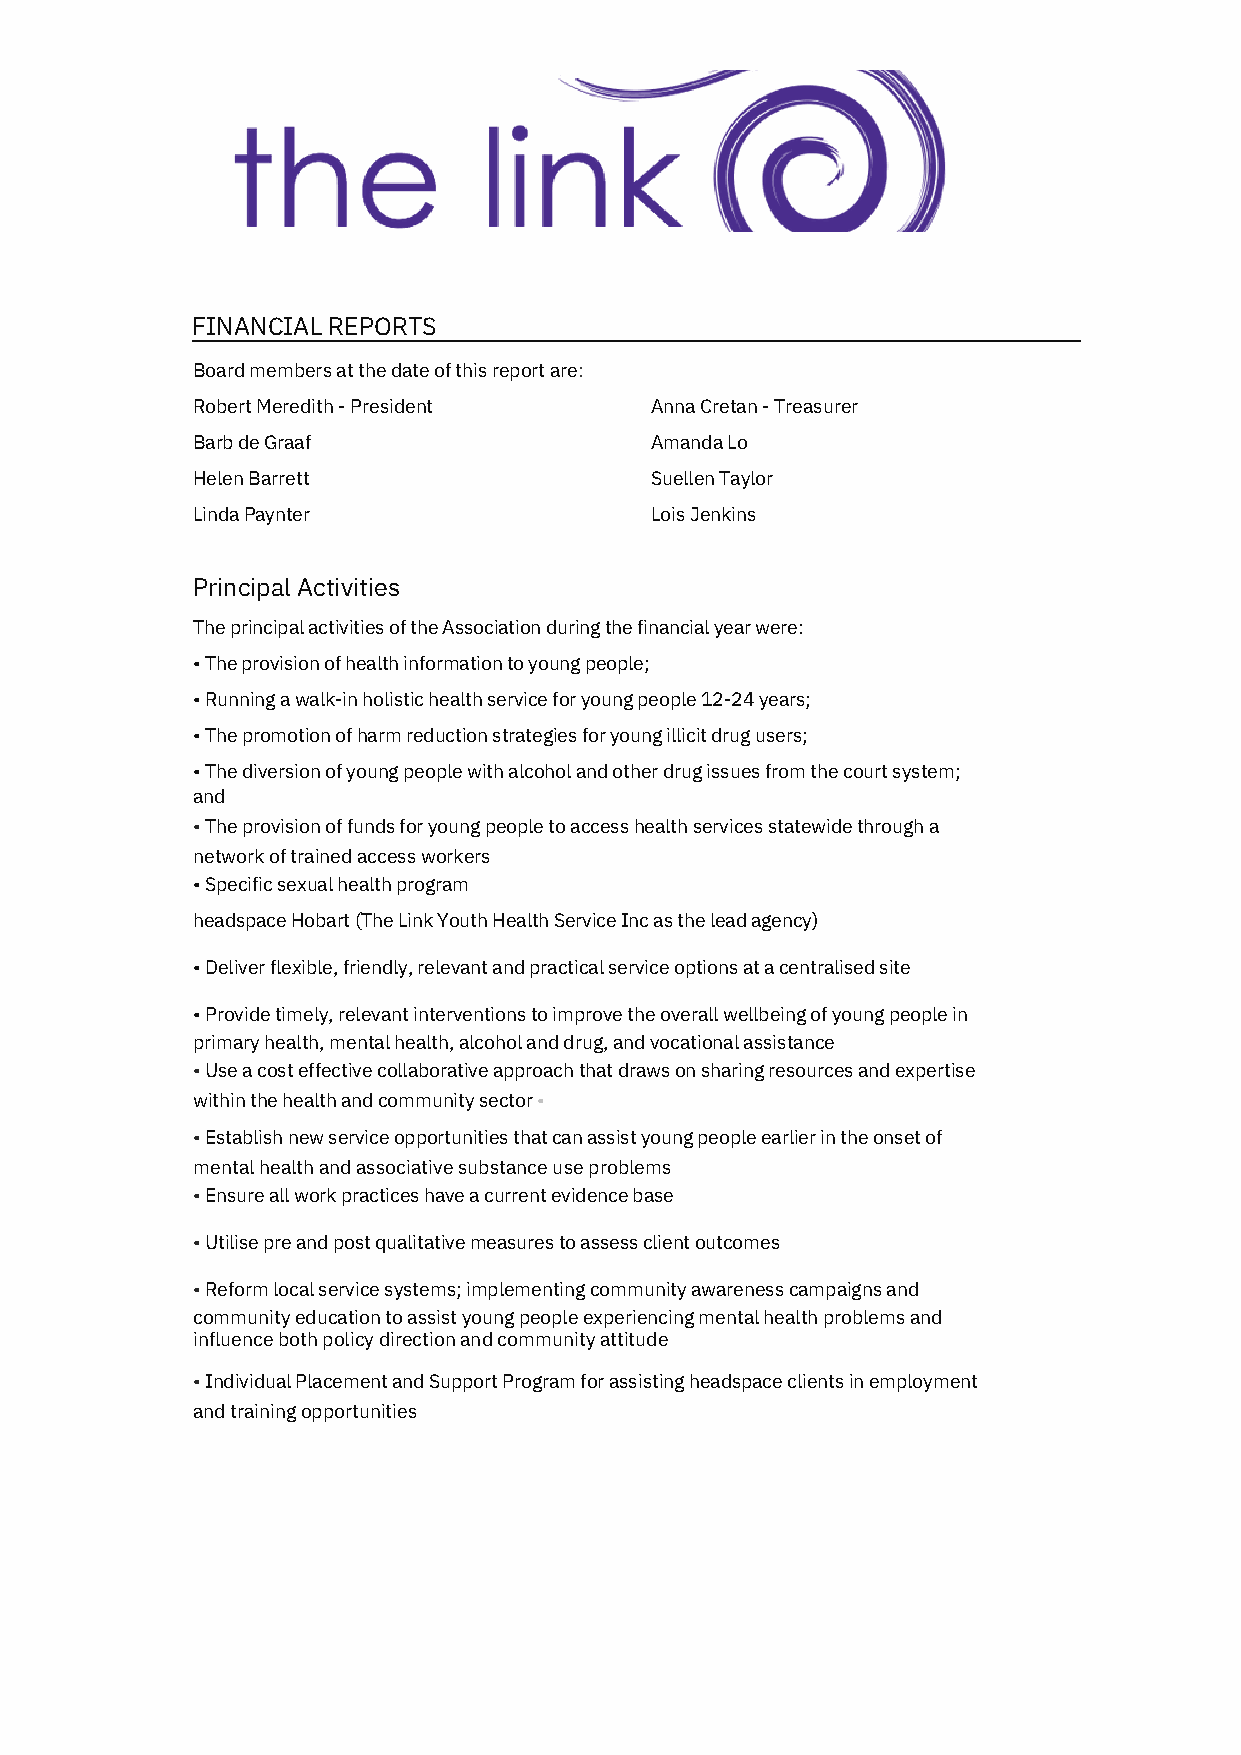
FINANCIAL REPORTS
 Board members at the date of this report are:
 Robert Meredith - President   Anna Cretan - Treasurer
 Barb de Graaf                 Amanda Lo
 Helen Barrett                 Suellen Taylor
 Linda Paynter                 Lois Jenkins
 Principal Activities
 The principal activities of the Association during the financial year were:
 • The provision of health information to young people;
 • Running a walk-in holistic health service for young people 12-24 years;
 • The promotion of harm reduction strategies for young illicit drug users;
 • The diversion of young people with alcohol and other drug issues from the court system;
 and
 • The provision of funds for young people to access health services statewide through a
 network of trained access workers
 • Specific sexual health program
 headspace Hobart (The Link Youth Health Service Inc as the lead agency)
 • Deliver flexible, friendly, relevant and practical service options at a centralised site
 • Provide timely, relevant interventions to improve the overall wellbeing of young people in
 primary health, mental health, alcohol and drug, and vocational assistance
 • Use a cost effective collaborative approach that draws on sharing resources and expertise
 within the health and community sector •
 • Establish new service opportunities that can assist young people earlier in the onset of
 mental health and associative substance use problems
 • Ensure all work practices have a current evidence base
 • Utilise pre and post qualitative measures to assess client outcomes
 • Reform local service systems; implementing community awareness campaigns and
 community education to assist young people experiencing mental health problems and
 influence both policy direction and community attitude
 • Individual Placement and Support Program for assisting headspace clients in employment
 and training opportunities